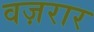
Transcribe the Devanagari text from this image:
वज़रार